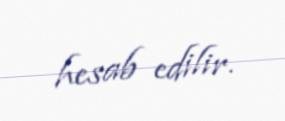
hesab edilir.